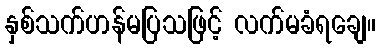
နှစ်သက်ဟန်မပြသဖြင့် လက်မခံရချေ။